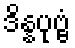
ဒိန္နပုဗ္ဗံ